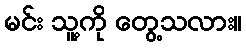
မင်း သူ့ကို တွေ့သလား။